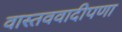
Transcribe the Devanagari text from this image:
वास्तववादीपणा